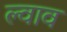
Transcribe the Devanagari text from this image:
ल्वाव